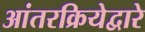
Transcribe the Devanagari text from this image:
आंतरक्रियेद्वारे